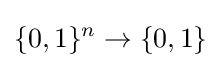
\{0,1\}^{n}\to \{0,1\}